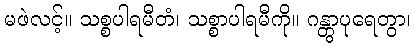
မဖဲလင့်။ သစ္စပါရမီတံ၊ သစ္စာပါရမီကို။ ဂန္တွာပုရေတွာ၊